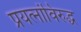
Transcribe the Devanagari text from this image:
प्रयत्‍नांविरुद्ध